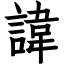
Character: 諱